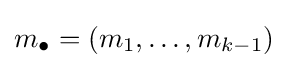
m_{\bullet }=\left(m_{1},\ldots ,m_{k-1}\right)